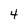
Character: 4